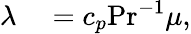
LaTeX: \begin{array}{rl}{\lambda}&{{}=c_{p}\mathrm{Pr}^{-1}\mu,}\end{array}